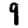
Digit: 9